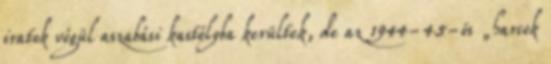
iratok végül aszabási kastélyba kerültek, de az 1944-45-ös „harcok